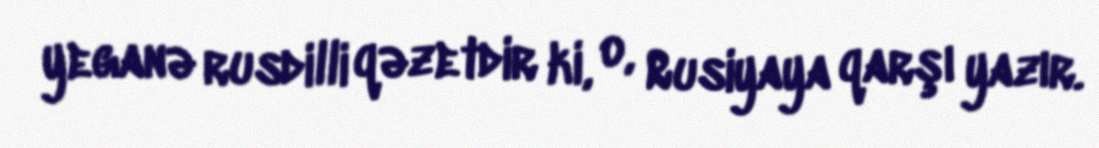
yeganə rusdilli qəzetdir ki, o, Rusiyaya qarşı yazır.